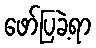
ဖော်ပြခဲ့ရာ